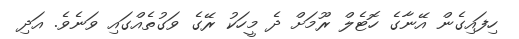
ހިފައިގެން އޭނާގެ ހޮޓެލް ރޫމަށް ދެ މީހަކު ރޭގެ ވަގުތެއްގައި ވަނެވެ. އަދި